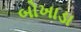
બોખાડા